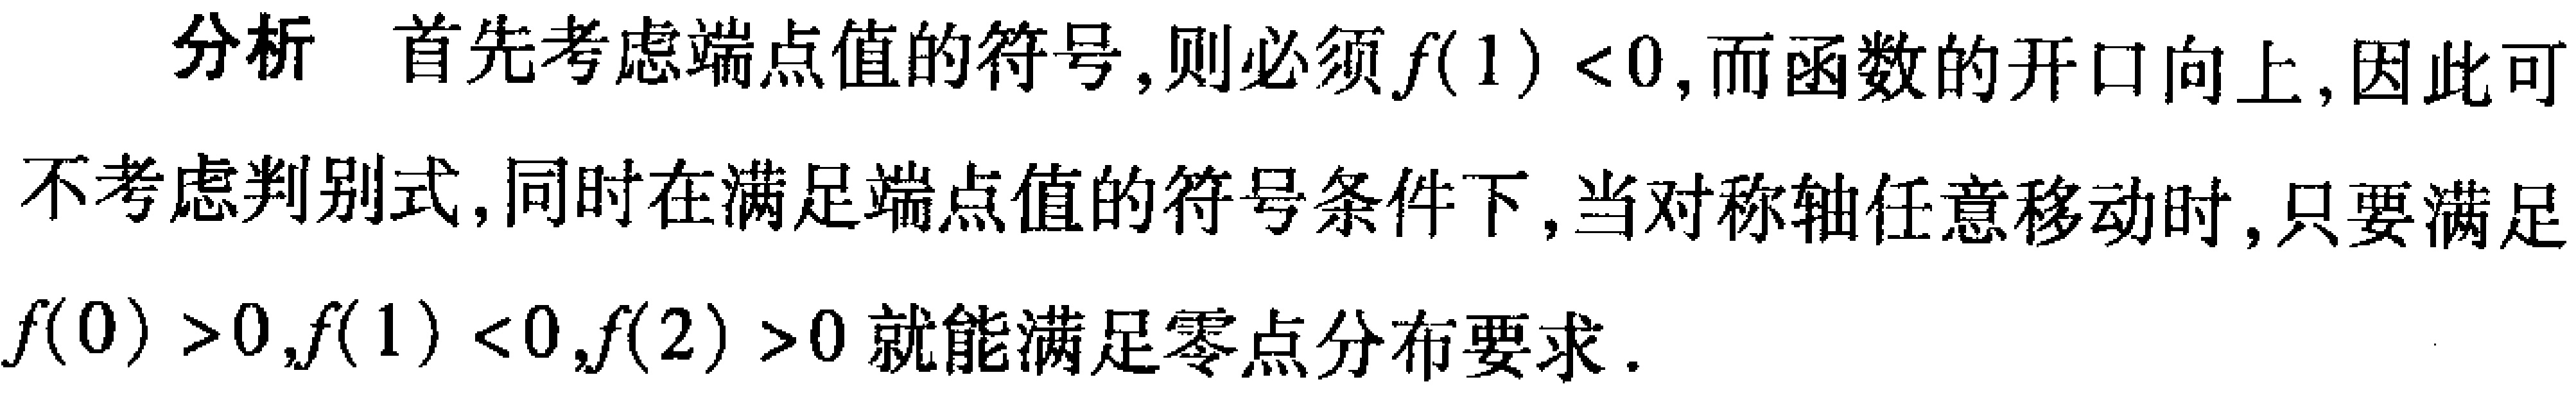
分析 首先考虑端点值的符号,则必须\(f(1) < 0\),而函数的开口向上,因此可不考虑判别式,同时在满足端点值的符号条件下,当对称轴任意移动时,只要满足\(f(0) > 0,f(1) < 0,f(2) > 0\)就能满足零点分布要求.